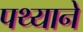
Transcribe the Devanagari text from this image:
पथ्याने